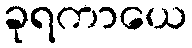
ခုရကာယေ